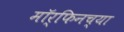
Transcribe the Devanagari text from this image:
मॉर्फिनच्या